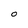
Character: O